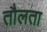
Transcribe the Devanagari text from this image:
तौलता